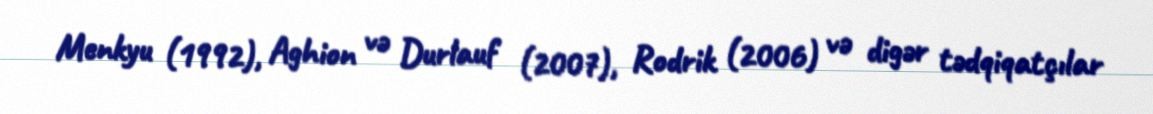
Menkyu (1992), Aghion və Durlauf (2007), Rodrik (2006) və digər tədqiqatçılar